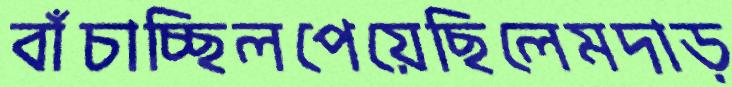
বাঁচাচ্ছিলপেয়েছিলেমদাড়